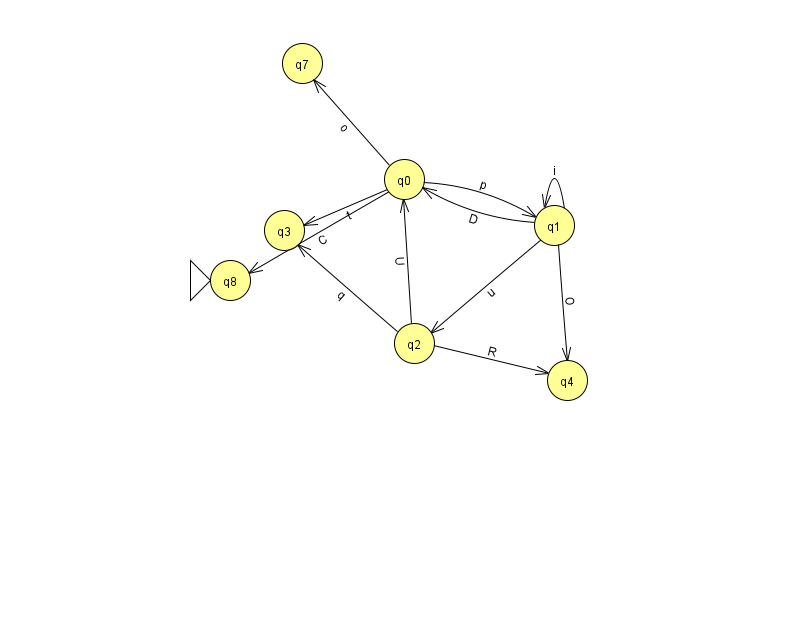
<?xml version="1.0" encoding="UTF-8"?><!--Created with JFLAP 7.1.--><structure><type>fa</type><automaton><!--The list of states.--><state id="0" name="q0"><x>404.0</x><y>166.0</y></state><state id="1" name="q1"><x>554.0</x><y>212.0</y></state><state id="2" name="q2"><x>414.0</x><y>330.0</y></state><state id="3" name="q3"><x>284.0</x><y>217.0</y></state><state id="4" name="q4"><x>567.0</x><y>367.0</y></state><state id="7" name="q7"><x>302.0</x><y>50.0</y></state><state id="8" name="q8"><x>230.0</x><y>267.0</y><initial/></state><!--The list of transitions.--><transition><from>0</from><to>8</to><read>C</read></transition><transition><from>0</from><to>3</to><read>t</read></transition><transition><from>1</from><to>4</to><read>O</read></transition><transition><from>1</from><to>2</to><read>u</read></transition><transition><from>1</from><to>0</to><read>D</read></transition><transition><from>1</from><to>1</to><read>i</read></transition><transition><from>2</from><to>3</to><read>q</read></transition><transition><from>0</from><to>7</to><read>o</read></transition><transition><from>2</from><to>0</to><read>U</read></transition><transition><from>0</from><to>1</to><read>p</read></transition><transition><from>2</from><to>4</to><read>R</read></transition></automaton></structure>